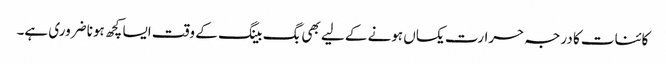
کائنات کا درجہ حرارت یکساں ہونے کے لیے بھی بگ بینگ کے وقت ایسا کچھ ہونا ضروری ہے۔